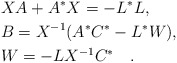
\begin{align*} &XA + A^*X = - L^*L, \\ &B=X^{-1}(A^*C^*-L^*W), \\ &W=-LX^{-1}C^* \quad. \end{align*}